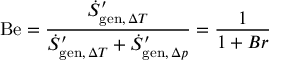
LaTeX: \mathrm { B e } = { \frac { { \dot { S } } _ { \mathrm { g e n } , \, \Delta T } ^ { \prime } } { { \dot { S } } _ { \mathrm { g e n } , \, \Delta T } ^ { \prime } + { \dot { S } } _ { \mathrm { g e n } , \, \Delta p } ^ { \prime } } } = { \frac { 1 } { 1 + B r } }